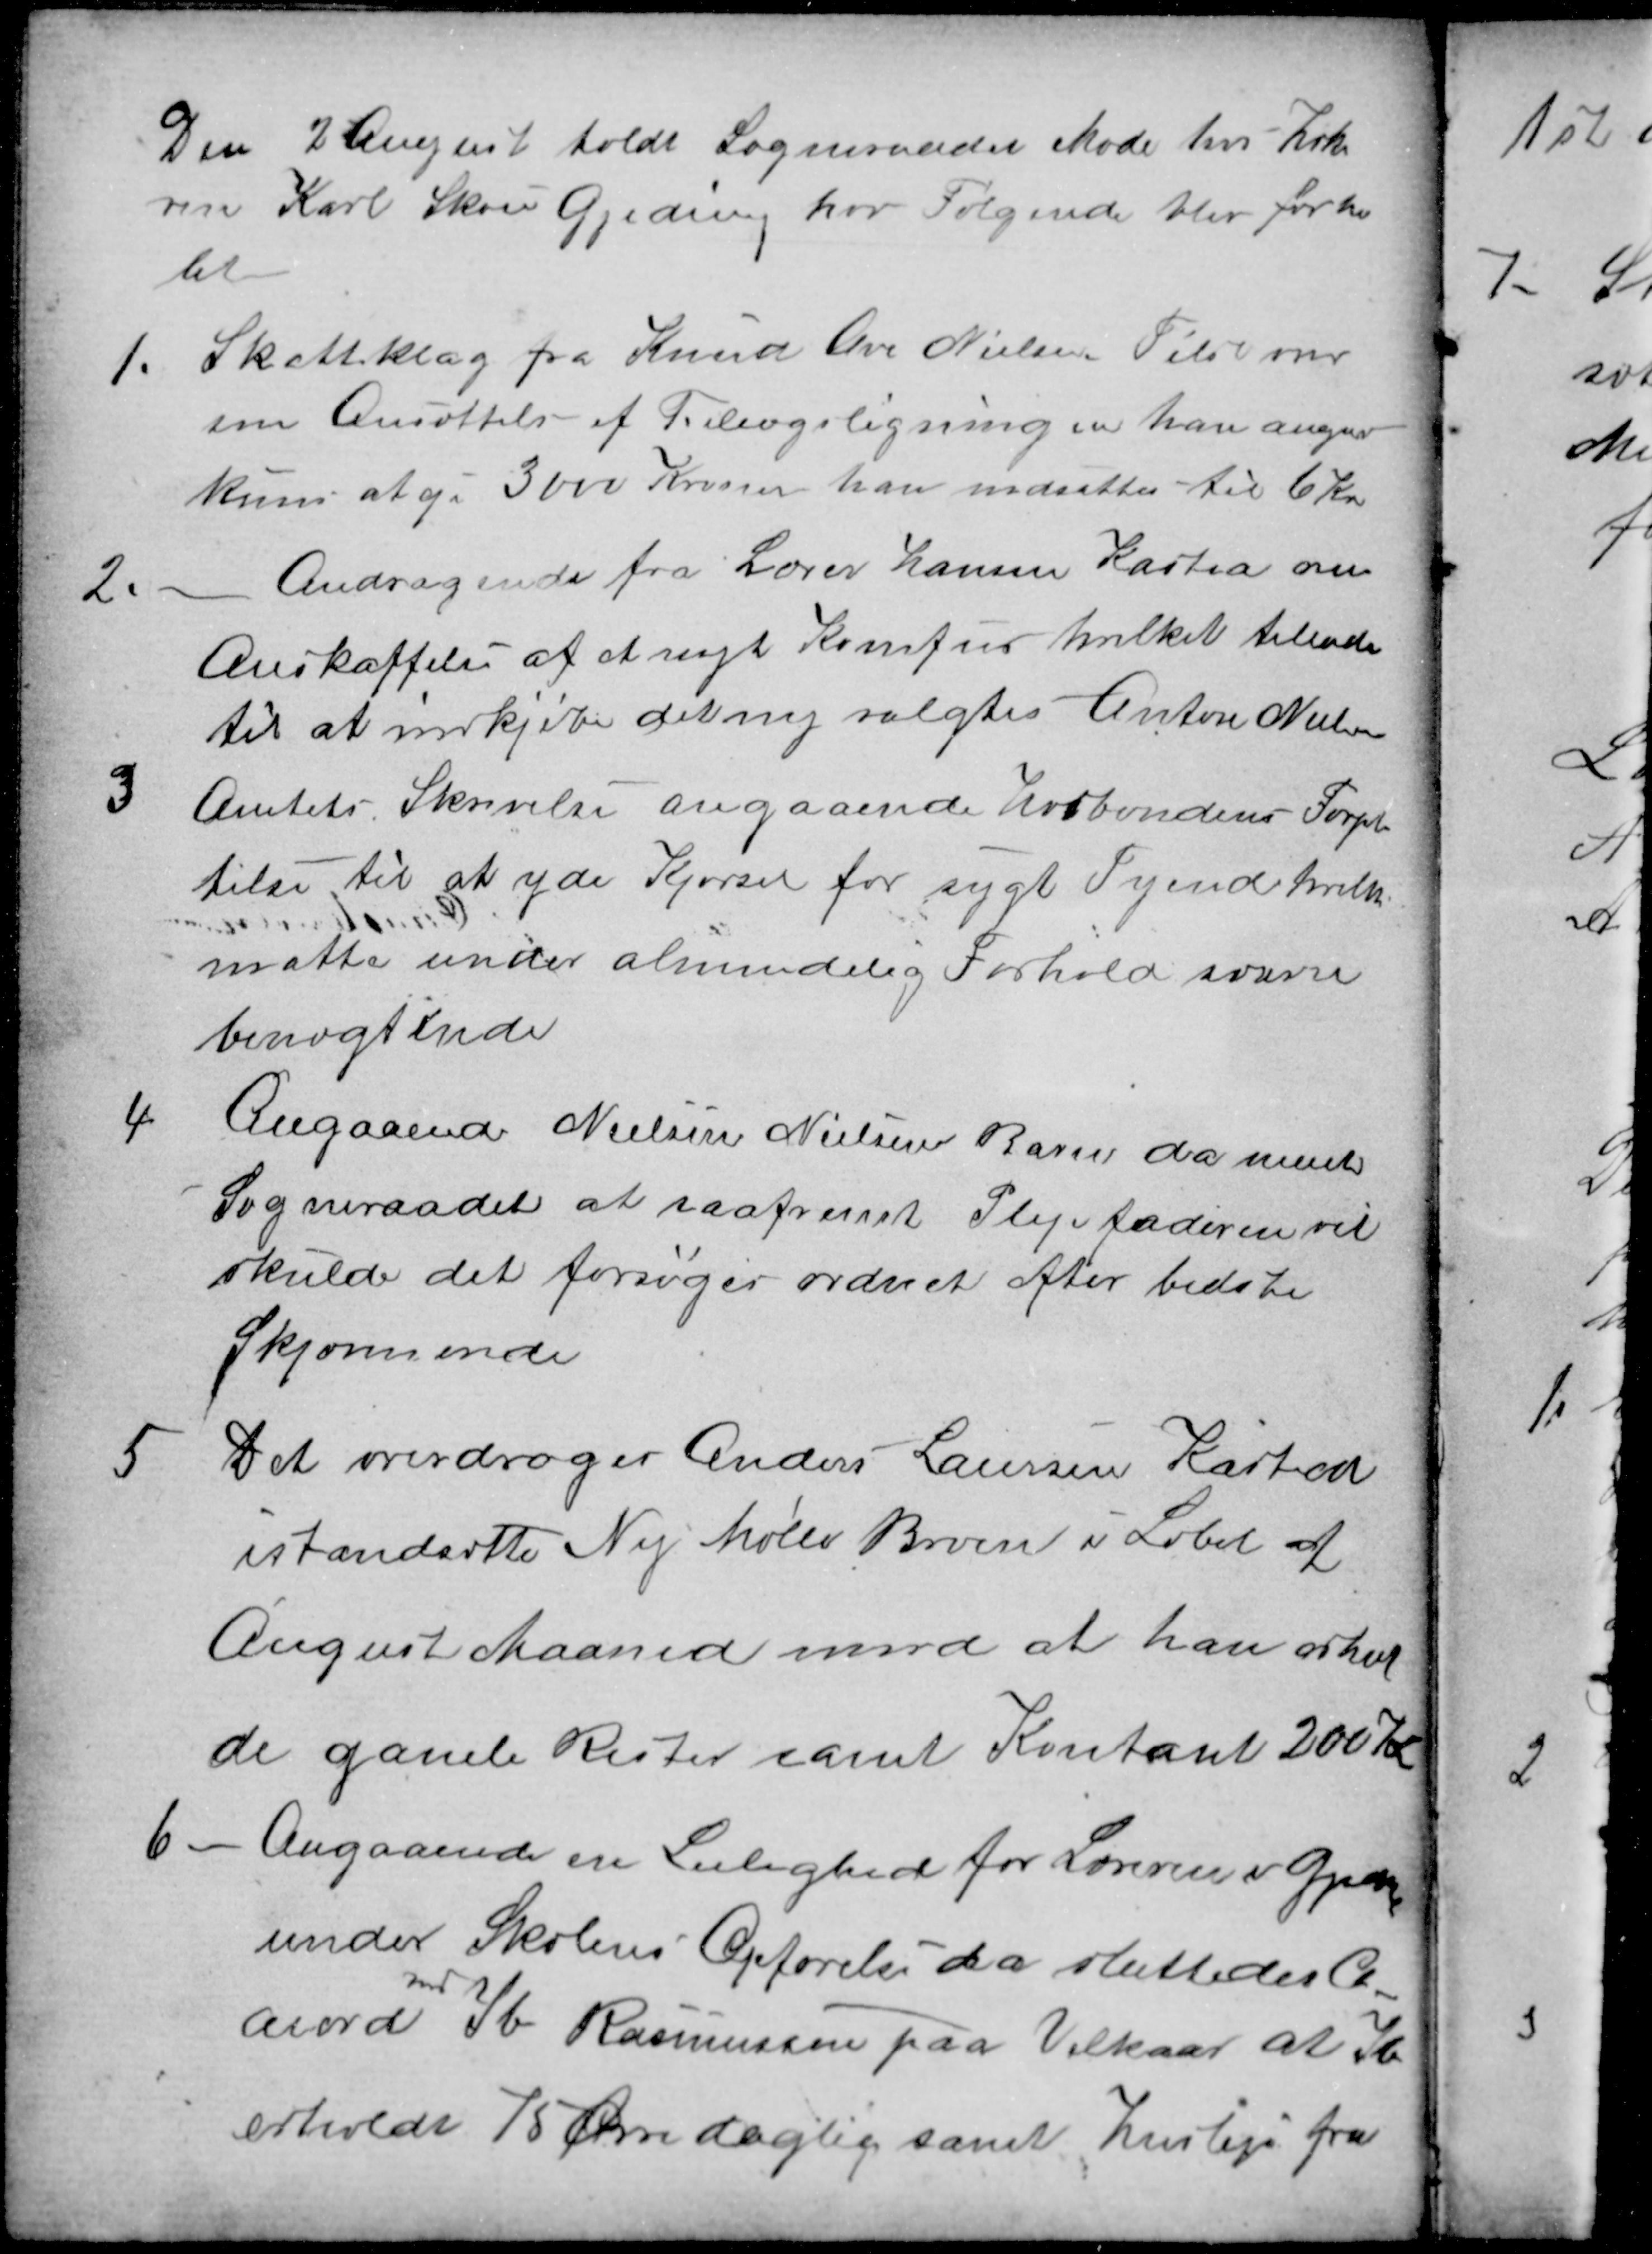
Transskription:
Den 2 August holdt Sogneraadet Møde hos Høke
ren Karl Skou Gjeding hvor Følgende blev forhan
let
1.
Skatteklag fra Knud Ove Nielsen Tilst over
sin Ansættelse af Tillægsligningen han angiver
kuns at eje 3000 Kroner han nedsattes til 6 Kr.
2.
Andragende fra Lærer Hansen Kasted om
Anskaffelse af at nyt Komfur hvilket tillodes
til at indkjøbe det ny valgtes Anton Nielsen
3
Amtets Skrivelse angaaende Hosbondens Forpli
tilse til at yde Kjørsel for sygt Tyende hvilket
måtte under almindelig Forhold svare
benægtende
4
Angaaende Nielsine Nielsens Barn da mente
Sogneraadet at saafremt Plejefaderen vil
skulde det forsøges ordnet efter bedste
Skjønnende
5
Det overdroges Anders Laursen Kasted
istandsatte Ny Mølle Broen i Løbet af
August Maaned mod at han erhv
de gamle Rester samt Kontant 200 Kr
6
Angaaende en Leilighed for Læreren i Gjeding
under Skolens Opførelse da sluttedes d
acord
med
Ib Rasmussen paa Vilkaar at Ib
erholdt 75 Øre daglig samt husleje fra